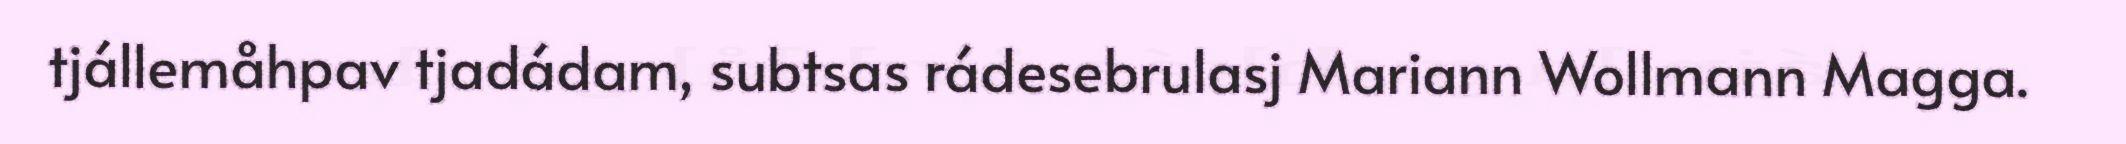
tjállemåhpav tjadádam, subtsas rádesebrulasj Mariann Wollmann Magga.